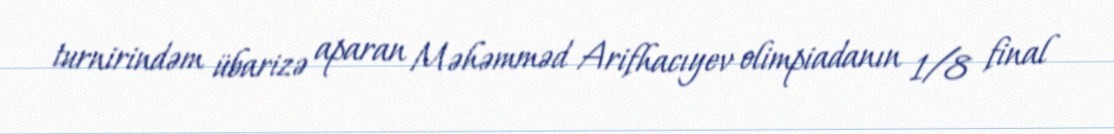
turnirindəm übarizə aparan Məhəmməd Arifhacıyev olimpiadanın 1/8 final